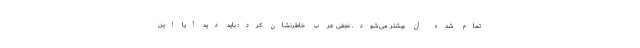
تمام شده آن بیشتر می‌شود. نجفی عرب خاطرنشان کرد: باید دید آیا این